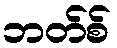
ဘတ်စ်